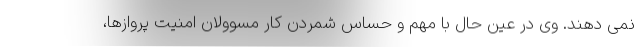
نمی دهند. وی در عین حال با مهم و حساس شمردن کار مسوولان امنیت پروازها،